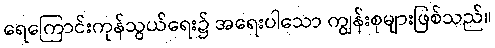
ရေကြောင်းကုန်သွယ်ရေး၌ အရေးပါသော ကျွန်းစုများဖြစ်သည်။